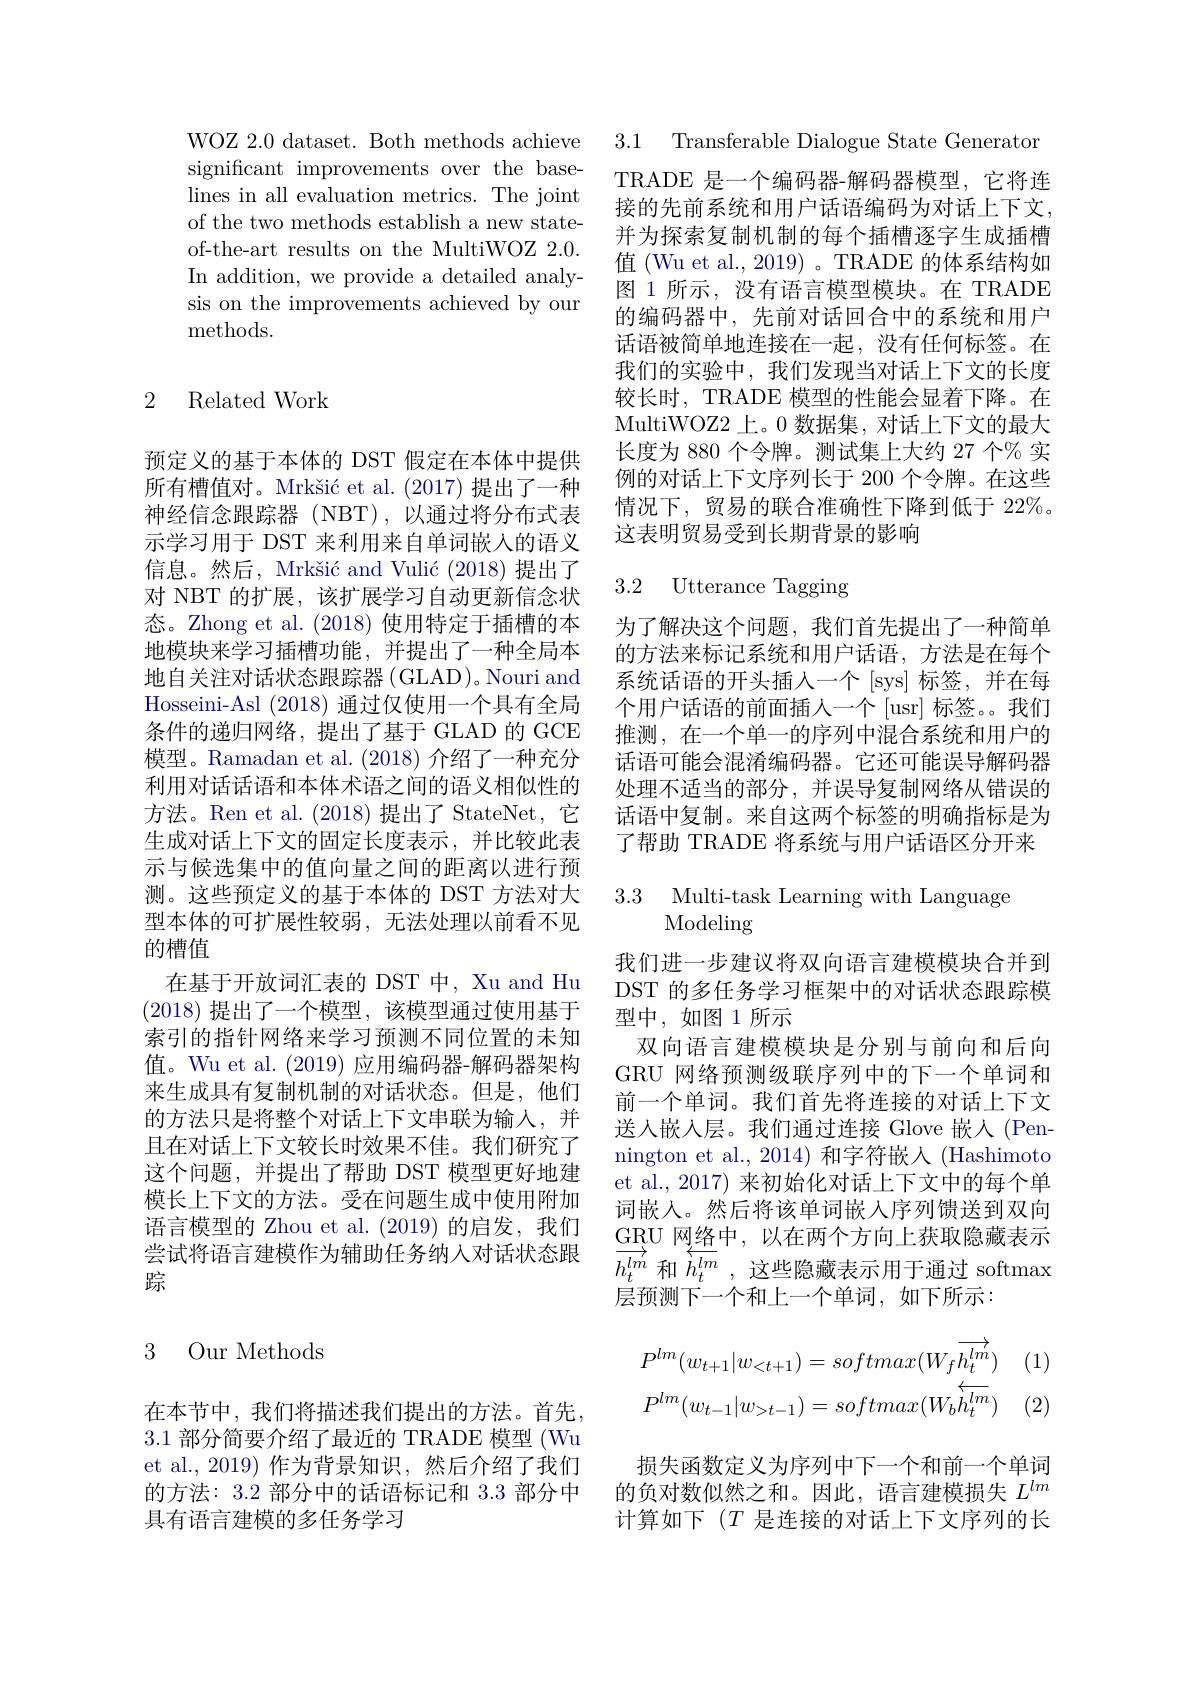
significant improvements over the base- TRADE 是一个编码器-解码器模型，它将连
lines in all evaluation metrics. The joint of the two methods establish a new stateof-the-art results on the MultiWOZ 2.0. In addition, we provide a detailed analysis on the improvements achieved by our methods.

## 2 Related Work

预定义的基于本体的 DST 假定在本体中提供所有槽值对。Mrkšić et al. (2017) 提出了一种神经信念跟踪器(NBT),以通过将分布式表示学习用于 DST 来利用来自单词嵌入的语义信息。然后，Mrkšić and Vulić (2018)提出了对 NBT 的扩展，该扩展学习自动更新信念状态。Zhong et al. (2018)使用特定于插槽的本地模块来学习插槽功能，并提出了一种全局本地自关注对话状态跟踪器(GLAD)。Nouri and Hosseini- Asl ( 2018) 通过仅使用一个具有全局条件的递归网络，提出了基于 GLAD 的 GCE 模型。Ramadan et al. (2018) 介绍了一种充分利用对话话语和本体术语之间的语义相似性的方法。Ren et al. (2018)提出了 StateNet, 它生成对话上下文的固定长度表示，并比较此表示与候选集中的值向量之间的距离以进行预测。这些预定义的基于本体的 DST 方法对大型本体的可扩展性较弱，无法处理以前看不见的槽值
在基于开放词汇表的 DST 中，Xu and Hu (2018)提出了一个模型，该模型通过使用基于索引的指针网络来学习预测不同位置的未知值。Wu et al. (2019) 应用编码器-解码器架构来生成具有复制机制的对话状态。但是，他们的方法只是将整个对话上下文串联为输人，并且在对话上下文较长时效果不佳。我们研究了这个问题，并提出了帮助 DST 模型更好地建模长上下文的方法。受在问题生成中使用附加语言模型的 Zhou et al. (2019) 的启发，我们尝试将语言建模作为辅助任务纳入对话状态跟踪

3 Our Methods

在本节中，我们将描述我们提出的方法。首先， 3.1 部分简要介绍了最近的 TRADE 模型 (Wu et al., 2019) 作为背景知识，然后介绍了我们的方法：3.2 部分中的话语标记和 3.3 部分中具有语言建模的多任务学习

WOZ 2.0 dataset. Both methods achieve 3.1 Transferable Dialogue State Generaton

接的先前系统和用户话语编码为对话上下文， 并为探索复制机制的每个插槽逐字生成插槽值 (Wu et al., 2019) 。TRADE 的体系结构如图 1 所示，没有语言模型模块。在 TRADE 的编码器中，先前对话回合中的系统和用户话语被简单地连接在一起，没有任何标签。在我们的实验中，我们发现当对话上下文的长度较长时，TRADE 模型的性能会显着下降。在MultiWOZ2 上。0 数据集，对话上下文的最大长度为 880 个令牌。测试集上大约 27 个% 实例的对话上下文序列长于 200 个令牌。在这些情况下，贸易的联合准确性下降到低于 22%。这表明贸易受到长期背景的影响

## 3.2 Utterance Tagging

为了解决这个问题，我们首先提出了一种简单的方法来标记系统和用户话语，方法是在每个系统话语的开头插人一个[sys] 标签，并在每个用户话语的前面插人一个 [usr] 标签。。我们推测，在一个单一的序列中混合系统和用户的话语可能会混淆编码器。它还可能误导解码器处理不适当的部分，并误导复制网络从错误的话语中复制。来自这两个标签的明确指标是为了帮助 TRADE 将系统与用户话语区分开来

3.3 Multi-task Learning with Language
# Modeling

我们进一步建议将双向语言建模模块合并到DST 的多任务学习框架中的对话状态跟踪模型中，如图 1所示
双向语言建模模块是分别与前向和后向GRU 网络预测级联序列中的下一个单词和前一个单词。我们首先将连接的对话上下文送入嵌人层。我们通过连接 Glove 嵌人(Pennington et al., 2014) 和字符嵌人 (Hashimoto et al.,2017) 来初始化对话上下文中的每个单词嵌人。然后将该单词嵌入序列馈送到双向GRU 网络中，以在两个方向上获取隐藏表示$\overrightarrow{h_t^{lm}}$ 和$\sqrt{h_t^{lm}}$ ,这些隐藏表示用于通过 softmax 层预测下一个和上一个单词，如下所示：

(1)
$$P^{lm}(w_{t+1}|w_{<t+1})=softmax(W_{f}\overrightarrow{h_{t}^{lm}})\\P^{lm}(w_{t-1}|w_{>t-1})=softmax(W_{b}\stackrel{\leftarrow}{h_{t}^{lm}})$$
损失函数定义为序列中下一个和前一个单词的负对数似然之和。因此，语言建模损失$L^{lm}$ 计算如下($T$是连接的对话上下文序列的长